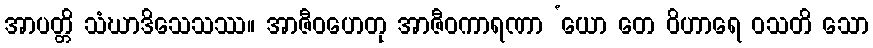
အာပတ္တိ သံဃာဒိသေသဿ။ အာဇီဝဟေတု အာဇီဝကာရဏာ ‘ယော တေ ဝိဟာရေ ဝသတိ သော